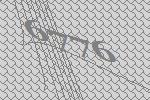
6776